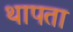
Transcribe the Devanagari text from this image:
थापता